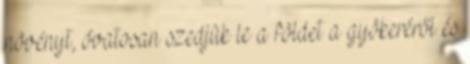
növényt, óvatosan szedjük le a földet a gyökeréről és